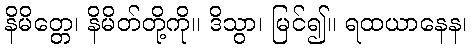
နိမိတ္တေ၊ နိမိတ်တို့ကို။ ဒိသွာ၊ မြင်၍။ ရထယာနေန၊